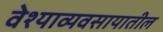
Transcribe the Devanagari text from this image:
वेश्याव्यवसायातील